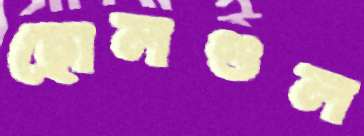
ছোলগুল